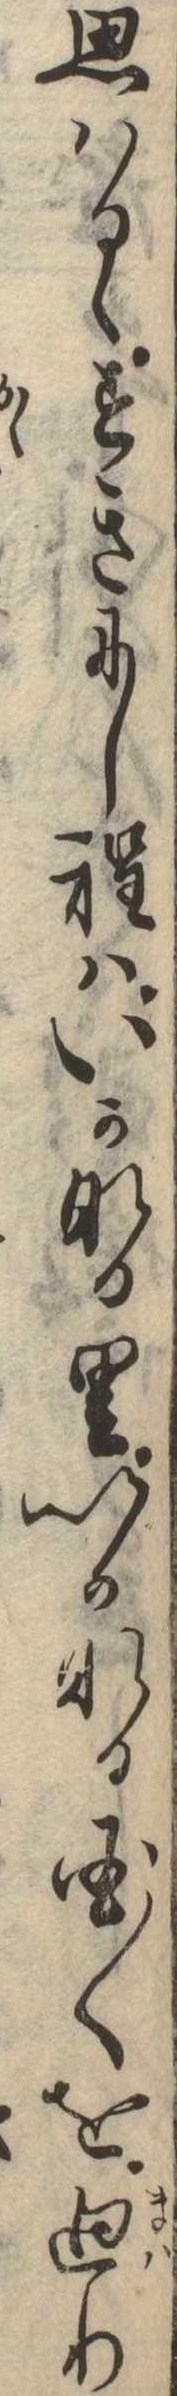
思はるゝすきにし程はいかなる里いかなる国〱を廻り